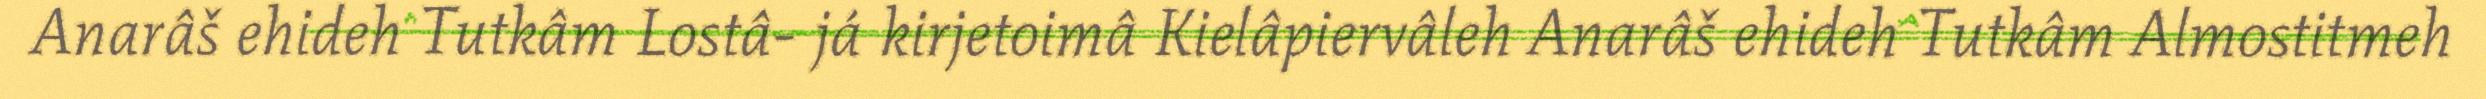
Anarâš ehideh Tutkâm Lostâ- já kirjetoimâ Kielâpiervâleh Anarâš ehideh Tutkâm Almostitmeh